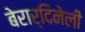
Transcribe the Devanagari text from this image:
बेरार्दिनेली